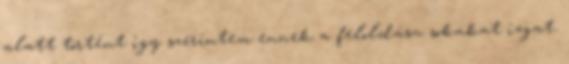
alatt történt így szerintem ennek a feloldása sokakat izgat.